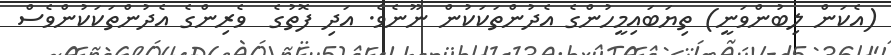
(އެކަން ލިބުންވަނީ) ތިޔަބައިމީހުންގެ އެދުންތަކަކުން ނޫނެވެ. އަދި ފޮތުގެ  ވެރިންގެ އެދުންތަކަކުންވެސް